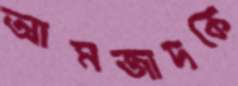
আমজাদকে